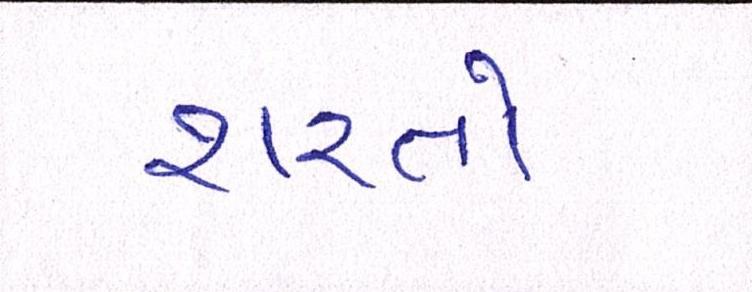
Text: શરતો